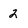
Character: 2